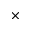
\times